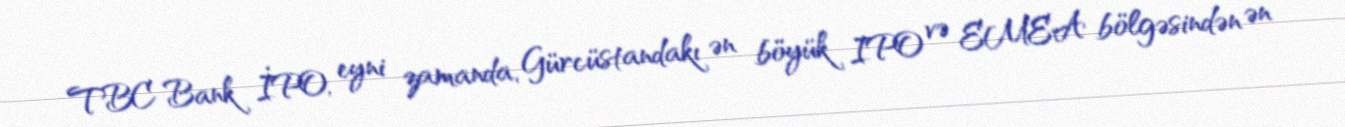
TBC Bank İPO, eyni zamanda, Gürcüstandakı ən böyük IPO və EMEA bölgəsindən ən